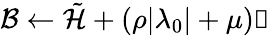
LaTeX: \mathcal{B}\gets\tilde{\mathcal{H}}+(\rho|\lambda_{0}|+\mu)\mathbb{1}